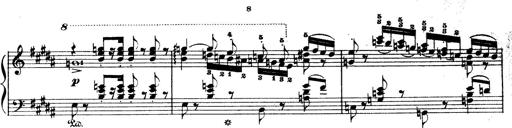
Title: Wagner-Liszt Album
Composer: Franz Liszt